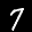
Label: 7